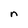
Character: n